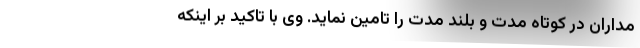
مداران در کوتاه مدت و بلند مدت را تامین نماید. وی با تاکید بر اینکه